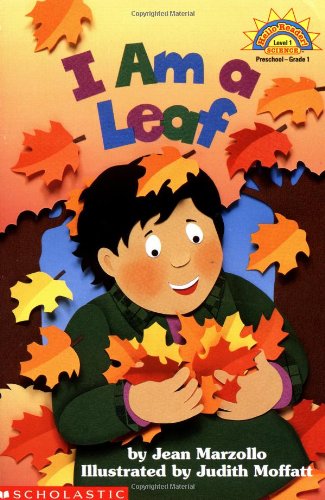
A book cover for I Am A Leaf (level 1) (Hello Reader, Science); Jean Marzollo; Children's Books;